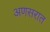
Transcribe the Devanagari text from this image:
अणसरात